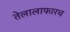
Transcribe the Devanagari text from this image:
तेलालाफारच